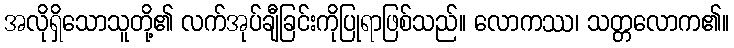
အလိုရှိသောသူတို့၏ လက်အုပ်ချီခြင်းကိုပြုရာဖြစ်သည်။ လောကဿ၊ သတ္တလောက၏။